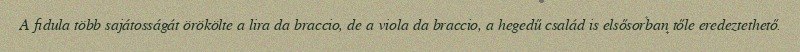
A fidula több sajátosságát örökölte a lira da braccio, de a viola da braccio, a hegedű család is elsősorban tőle eredeztethető.